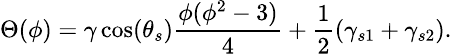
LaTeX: \small\Theta(\phi)=\gamma\cos(\theta_{s})\frac{\phi(\phi^{2}-3)}{4}+\frac{1}{2}(\gamma_{s1}+\gamma_{s2}).